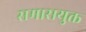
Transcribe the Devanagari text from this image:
समासयुक्त